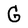
Character: G